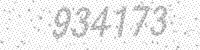
Solution: 934173